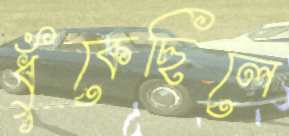
ধুঁকেছিলে